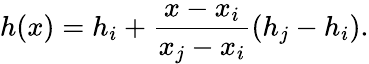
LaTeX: h(x)=h_{i}+\frac{x-x_{i}}{x_{j}-x_{i}}\left(h_{j}-h_{i}\right).